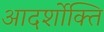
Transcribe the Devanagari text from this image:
आदर्शोक्ति